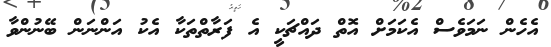
އެހެން ނަމަވެސް އެކަމަށް އޮތް ދައްޗަކީ އެ ފަރާތްތަކާ އެކު އަންނަން ބޭނުންވާ